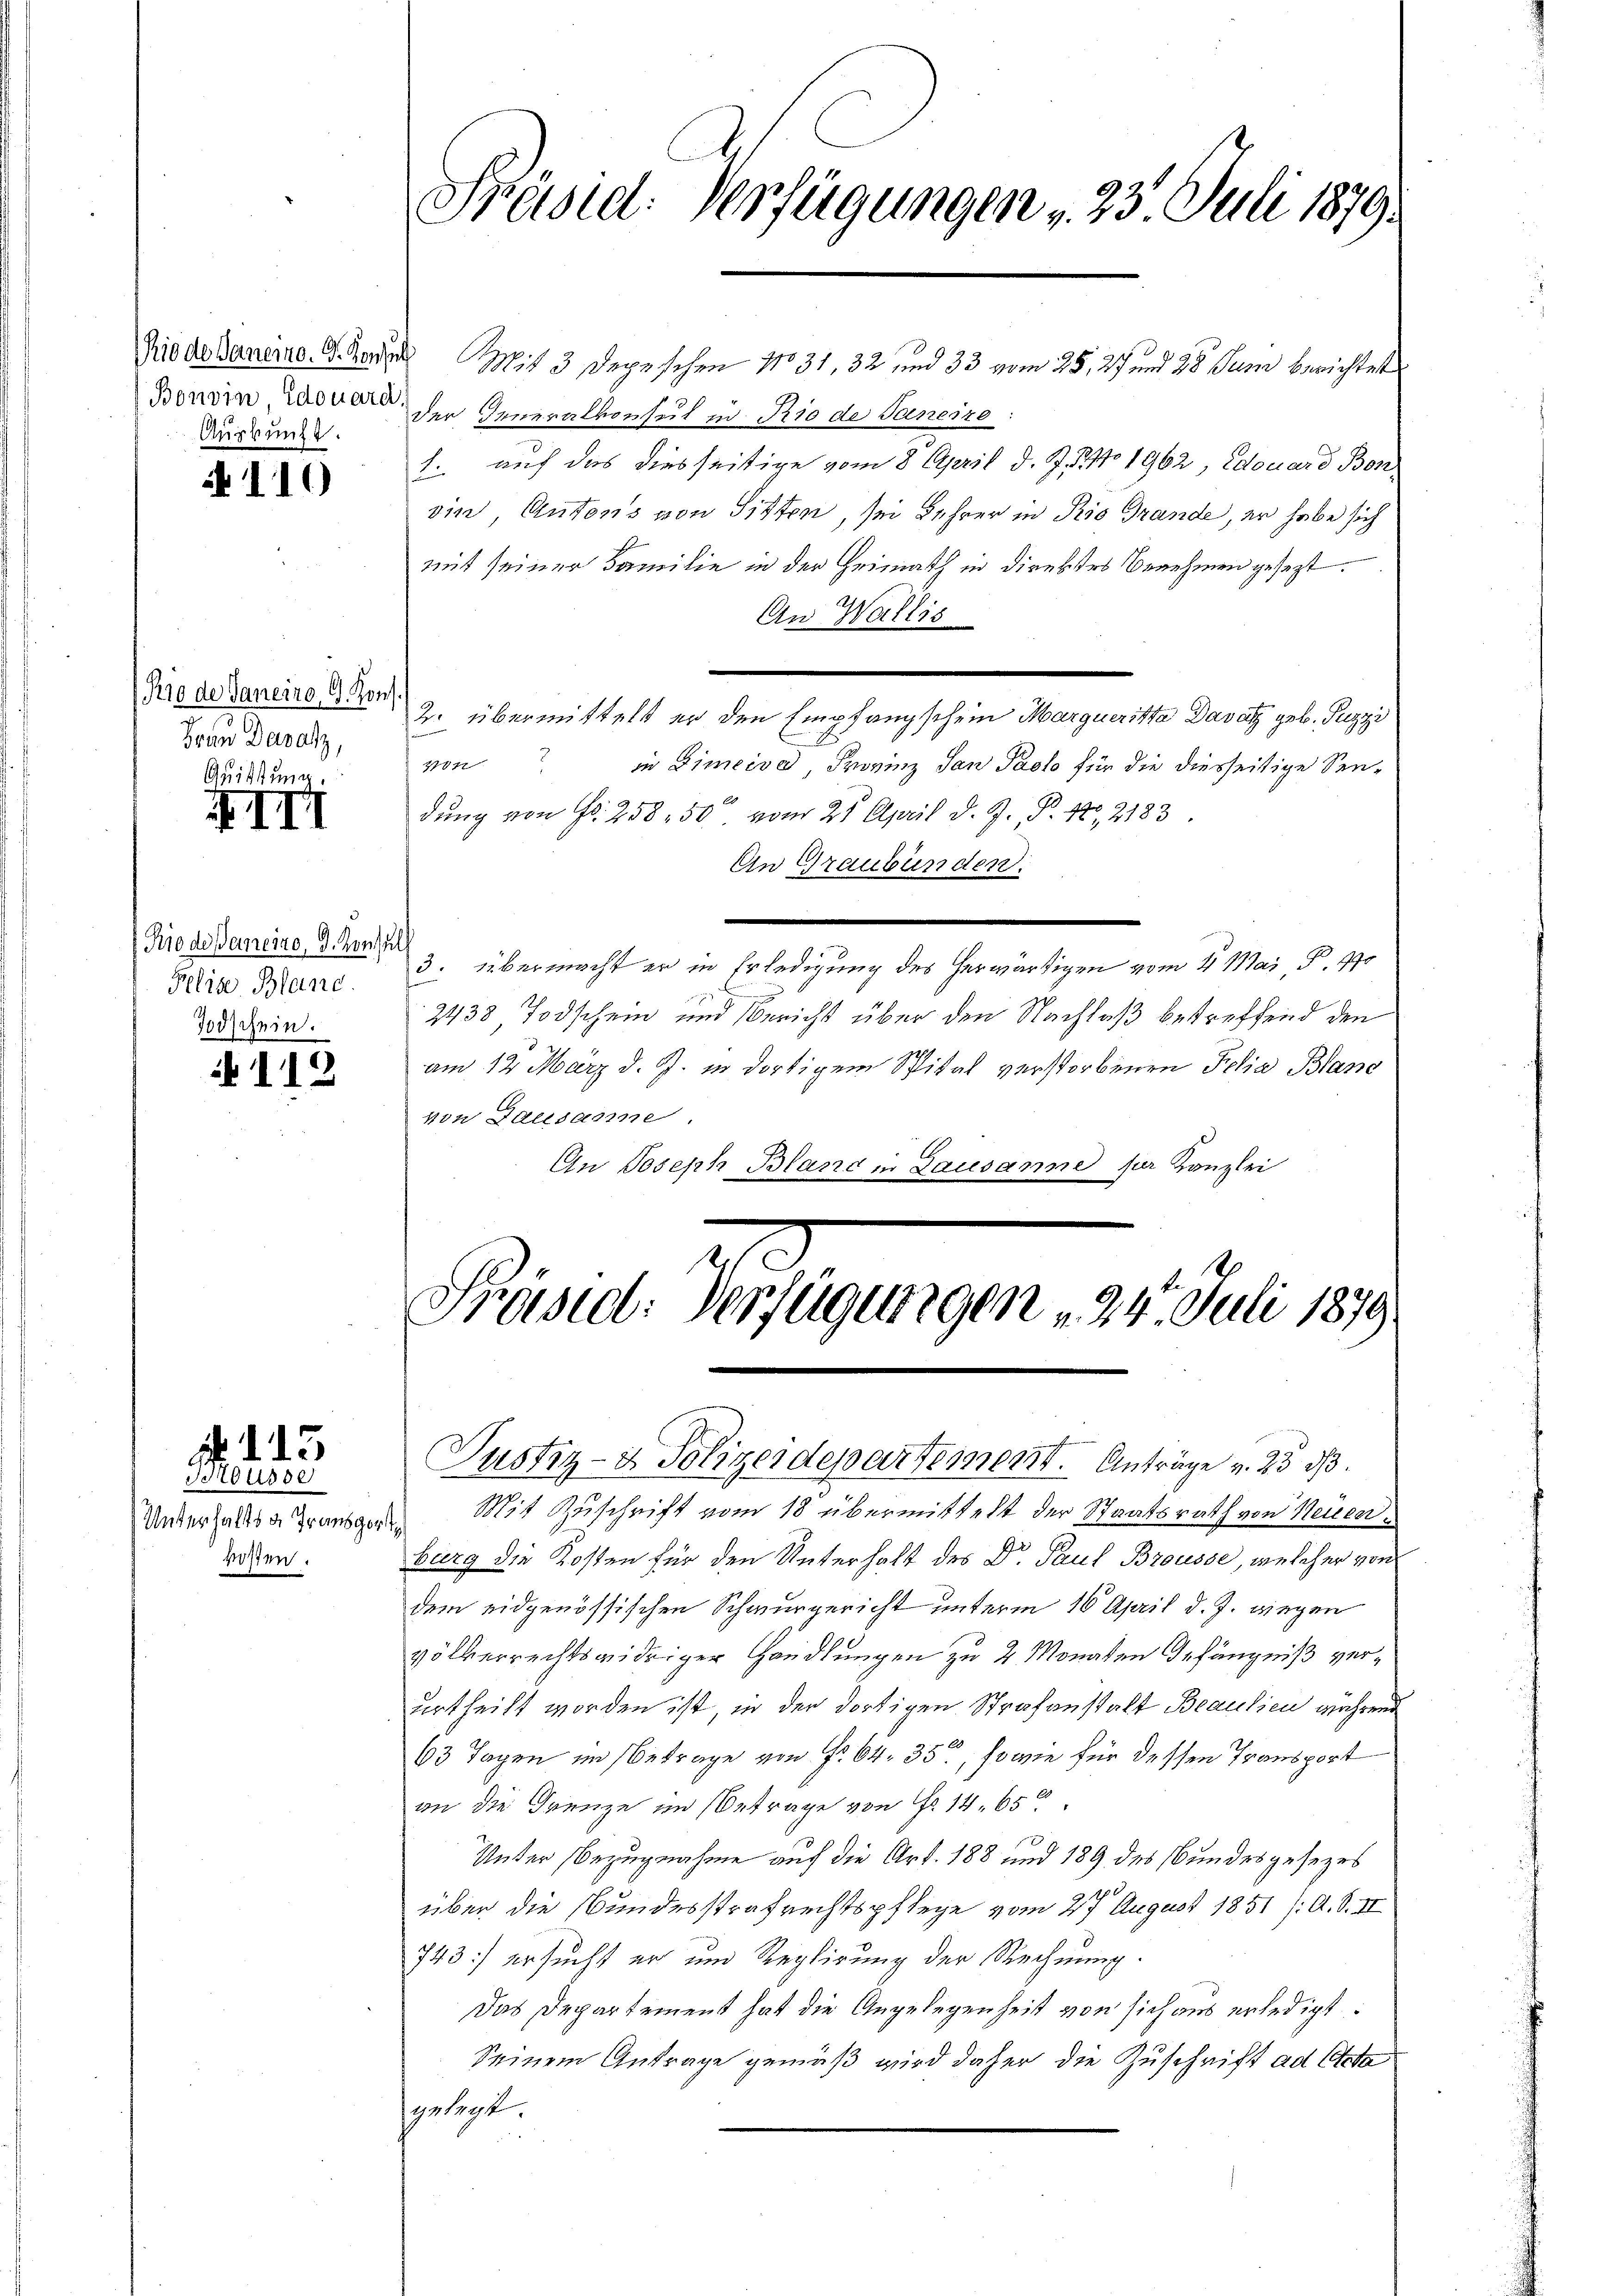
Auskunft.

110

Rio de Janeiro, G. Kons.
Frau Dawalz,
Quittung.

II

Riode aneiro, d. Konsul
Felis Blanc
Todschein.

112

. 1. 13
Brüsse

Unterhalts a Transport,
kosten.

Präsid. Verfügungen " 23. Juli 1879.

Rio de Dauernd. G. Rodel Mit 3 Depeschen 11031, 32 und 33 vom 25. 27 und 28 Juni berichtet
Bonein Lavard den Generalkonseit in Prio de Sanesze
1. auf das diesseitige vom 8 April d. J. J. No 1962, Edouard Bon
ein, Antons von Sitten, sei Lehrer in Rio Grande, er habe sich
mit seiner Familie in der Heimath in direktes Benehmen gesezt.
An Wallis
2. übermittelt er den Empfangschein Marqueritta Davatz geb. Puzzi
20
in Dimeise, Provinz San Paol für die diesseitige Sens
dŭng von Fr. 258. 50 vom 25. April d. J. P. 12, 2183
An Graubünden.
3. übermacht er in Erledigung des herwärtigen vom 21. Mai, P. 170
2438, Todschein und Bericht über den Nachlaß betreffend den
am 12. März d. J. in dortigem Spital verstorbenen Felia Blano
von Lausanne.
An Joseph Bland in Lausanne sur Kanzlei

Frasie: Verfügungen v. 24. Juli 1879
Justiz- & Polizeidepartement. Anträge v. 23 d

Mit Zuschrift vom 18 übermittelt der Staatsrath von Neuen.
burg die Kosten für den Unterhalt des Dr. Paul Brousse, welcher von
dem eidgenössischen Schwurgericht unterm 16 April d. J. wiegen
völkerrechtswidriger Handlungen zu 2 Monaten Gefängniß verurtheilt worden ist, in der dortigen Strafanstalt Beausien während
63 Tagen im Betrage von Fr. 64. 35, sowie für dessen Transport
an die Grenze im Betrage von Fr. 14. 650.
Unter Bezugnahme auf die Art. 188 und 189 des Bundesgesezes
über die Bundesstrafrechtspflege vom 27 August 1851 /: A. S. II
743 ersucht er um Reglirung der Rechnung.
Das Departement hat die Angelegenheit von sich aus erledigt:
Seinem Antrage gemäß wird daher die Zuschrift ad Cata
gelegt.